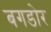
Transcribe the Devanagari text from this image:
बगडोर